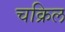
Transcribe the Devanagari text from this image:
चक्रिल